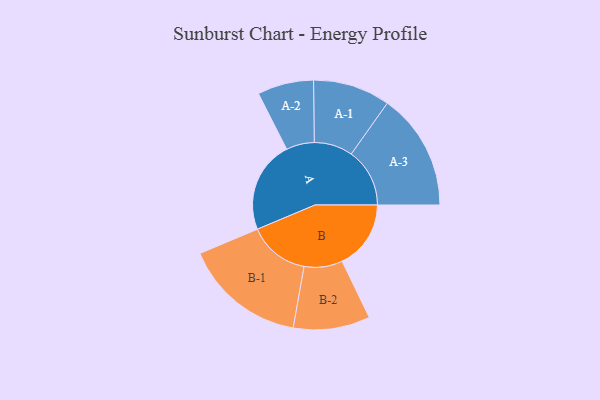
{"axis": {"x": "Segment", "y": "Value"}, "legend": ["", "A", "B"], "data": [{"x": "A", "y": 448, "type": ""}, {"x": "B", "y": 335, "type": ""}, {"x": "A-1", "y": 188, "type": "A"}, {"x": "A-2", "y": 137, "type": "A"}, {"x": "A-3", "y": 285, "type": "A"}, {"x": "B-1", "y": 298, "type": "B"}, {"x": "B-2", "y": 187, "type": "B"}]}